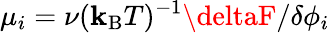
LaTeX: \mu_{i}=\nu(\mathbf{k}_{\mathrm{{B}}}T)^{-1}\deltaF/\delta\phi_{i}